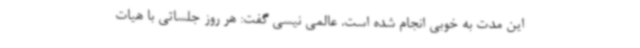
این مدت به خوبی انجام شده است. عالمی نیسی گفت: هر روز جلساتی با هیات